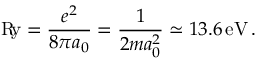
\mathrm { R \! y } = { \frac { e ^ { 2 } } { 8 \pi a _ { 0 } } } = { \frac { 1 } { 2 m a _ { 0 } ^ { 2 } } } \simeq 1 3 . 6 \, \mathrm { e V } \, .